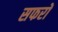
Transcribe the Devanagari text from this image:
सफरों